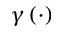
\gamma \left( \cdot \right)